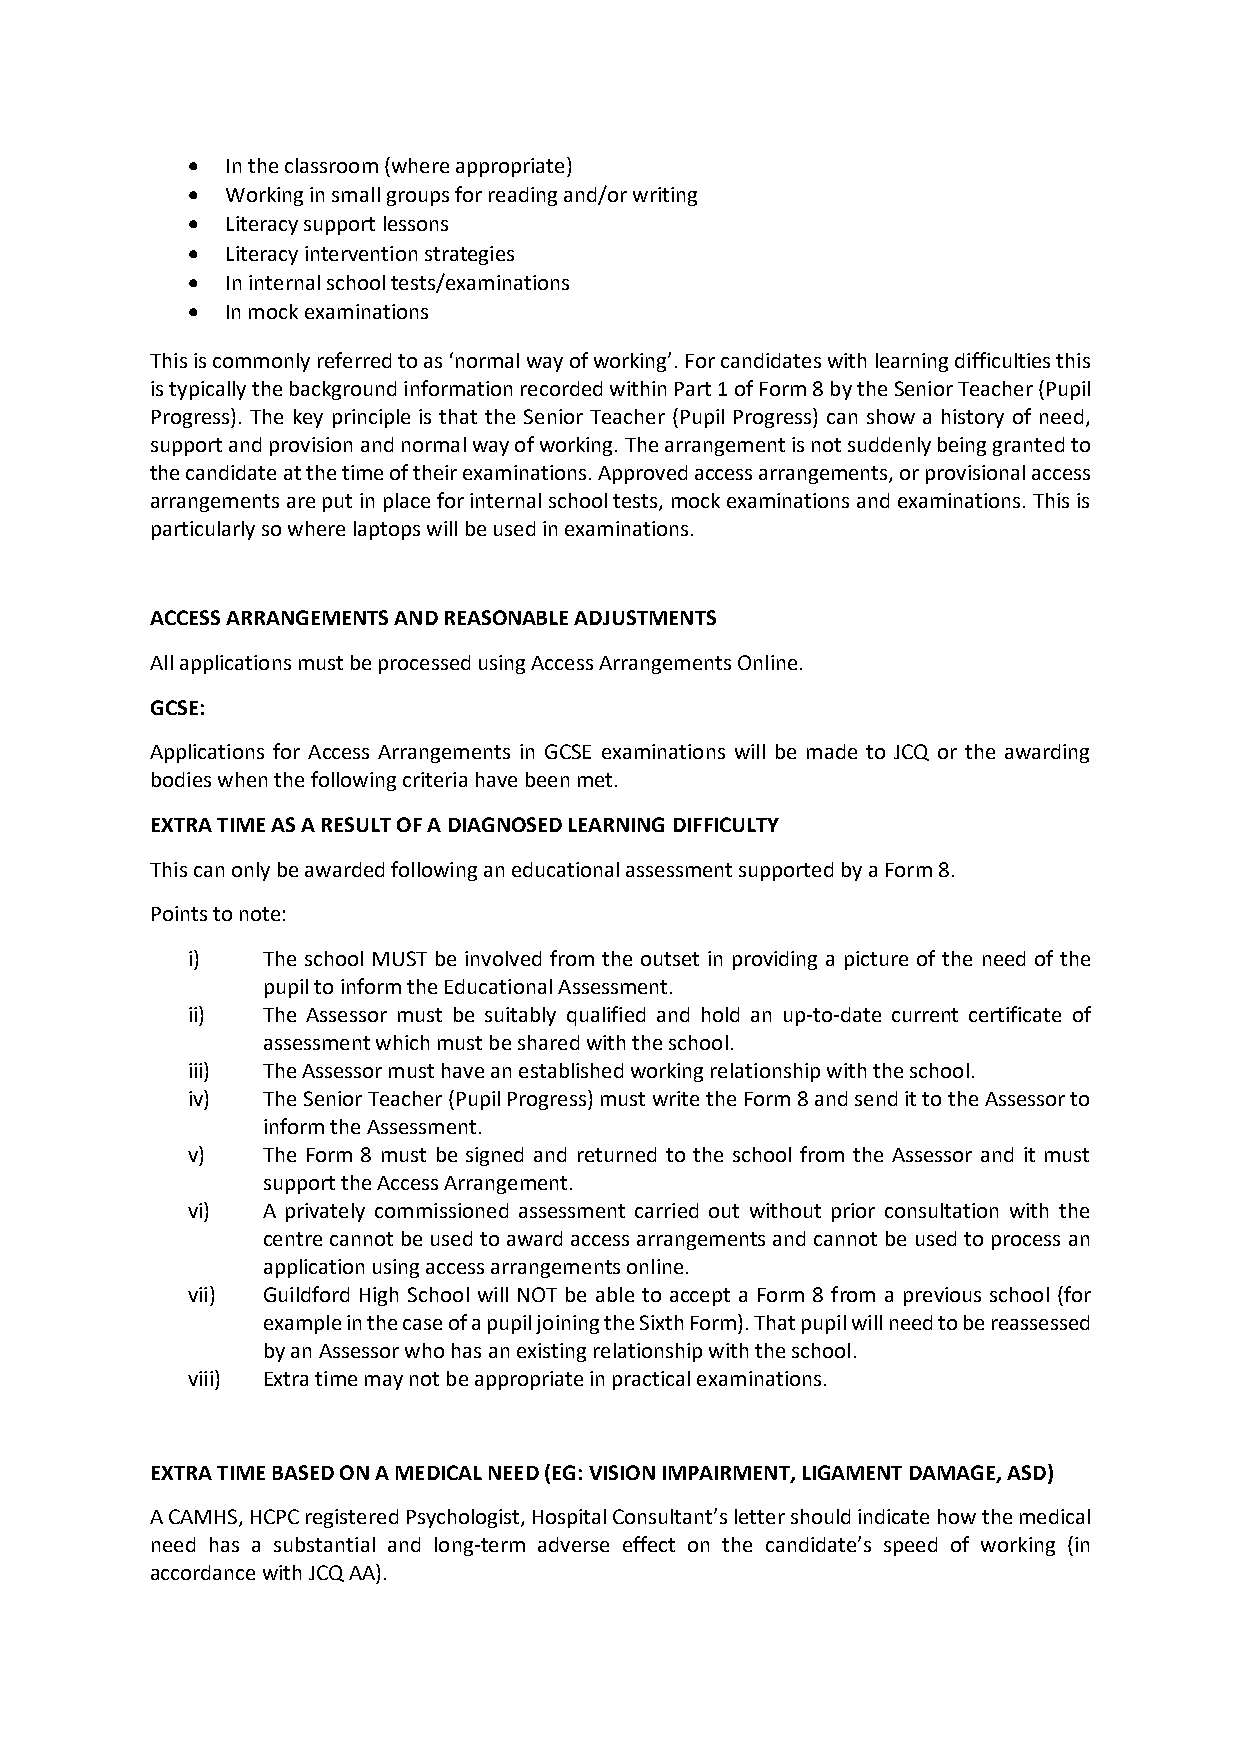
•  In the classroom (where appropriate)
 •  Working in small groups for reading and/or writing
 •  Literacy support lessons
 •  Literacy intervention strategies
 •  In internal school tests/examinations
 •  In mock examinations
 This is commonly referred to as ‘normal way of working’. For candidates with learning difficulties this
 is typically the background information recorded within Part 1 of Form 8 by the Senior Teacher (Pupil
 Progress). The key principle is that the Senior Teacher (Pupil Progress) can show a history of need,
 support and provision and normal way of working. The arrangement is not suddenly being granted to
 the candidate at the time of their examinations. Approved access arrangements, or provisional access
 arrangements are put in place for internal school tests, mock examinations and examinations. This is
 particularly so where laptops will be used in examinations.
 ACCESS ARRANGEMENTS AND REASONABLE ADJUSTMENTS
 All applications must be processed using Access Arrangements Online.
 GCSE:
 Applications for Access Arrangements in GCSE examinations will be made to JCQ or the awarding
 bodies when the following criteria have been met.
 EXTRA TIME AS A RESULT OF A DIAGNOSED LEARNING DIFFICULTY
 This can only be awarded following an educational assessment supported by a Form 8.
 Points to note:
 i)   The school MUST be involved from the outset in providing a picture of the need of the
 pupil to inform the Educational Assessment.
 ii)  The Assessor must be suitably qualified and hold an up-to-date current certificate of
 assessment which must be shared with the school.
 iii) The Assessor must have an established working relationship with the school.
 iv)  The Senior Teacher (Pupil Progress) must write the Form 8 and send it to the Assessor to
 inform the Assessment.
 v)   The Form 8 must be signed and returned to the school from the Assessor and it must
 support the Access Arrangement.
 vi)  A privately commissioned assessment carried out without prior consultation with the
 centre cannot be used to award access arrangements and cannot be used to process an
 application using access arrangements online.
 vii) Guildford High School will NOT be able to accept a Form 8 from a previous school (for
 example in the case of a pupil joining the Sixth Form). That pupil will need to be reassessed
 by an Assessor who has an existing relationship with the school.
 viii) Extra time may not be appropriate in practical examinations.
 EXTRA TIME BASED ON A MEDICAL NEED (EG: VISION IMPAIRMENT, LIGAMENT DAMAGE, ASD)
 A CAMHS, HCPC registered Psychologist, Hospital Consultant’s letter should indicate how the medical
 need has a substantial and long-term adverse effect on the candidate’s speed of working (in
 accordance with JCQ AA).